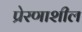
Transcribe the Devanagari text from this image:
प्रेरणाशील